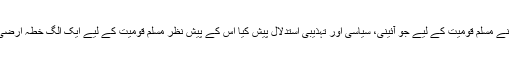
خود برصغیر میں اقبال نے مسلم قومیت کے لیے جو آئینی، سیاسی اور تہذیبی استدلال پیش کیا اس کے پیش نظر مسلم قومیت کے لیے ایک الگ خطہ ارضی کا حصول ناگزیر تھا۔